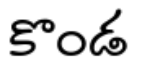
కొండ